[Report on the health of British troops in the Madras command]
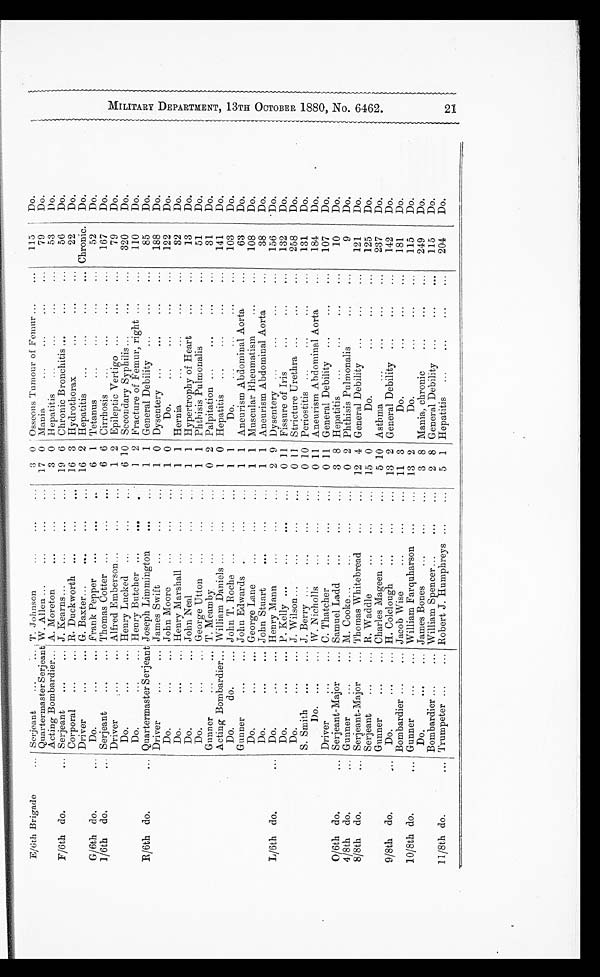
E/6th Brigade
... Serjeant
...
... T. Johnson
...
...
...
3 0 Osseous Tumour of Femur ...
...
115 Do.
Quartermaster Serjeant W. Allen ...
...
... ...
17 0 Mania
...
...
...
...
79
Do.
Acting Bombardier ... A. Moreton
... ...
...
3 0 Hepatitis
...
...
... ...
53
Do.
F/6th do.
... Serjeant
. . . . . .
J. kearns
...
...
19 6 Chronic Bronchitis ... ...
...
56
Do.
Corporal
...
... R. Duckworth ...
...
...
16 3 Hydrothorax
...
...
...
22
D o .
Driver
...
... G. Baxter...
...
...
...
16 2 Hepatitis
...
...
... Chronic.
Do.
G/6th do.
...
Do.
...
... Frank Pepper
...
...
...
6 1 Tetanus
...
...
...
...
52
Do.
I/6th do.
... Serjeant
...
... Thomas Cotter ...
...
...
6 6 Cirrhosis
...
...
...
...
167
Do.
Driver
... ... Alfred Emberson...
...
...
1 2 Epileptic Vertigo ...
...
...
79
Do.
Do.
...
... Henry Lucked ...
...
...
6 10 Secondary Syphilis ...
...
...
320
Do.
Do.
...
... Henry Butcher ...
...
...
1 2 Fracture of Femur, right
... ...
110
Do.
R/6th do.
... Quartermaster Serjeant Joseph Limmington
...
...
1 1 General Debility
...
...
...
85
Do.
Driver
...
... James Swift
...
...
...
1 0 Dysentery ...
...
...
...
188
Do.
Do.
...
... John Moore
... ...
...
1 0
Do.
...
...
...
...
122
Do.
Do.
... ... Henry Marshall ...
... ...
1 1 Hernia
...
...
...
32
Do.
Do.
...
... John Neal
...
...
...
1 1 Hypertrophy of Heart
...
13
Do.
Do.
. . . . . . Geor GeorgeUtton
...
...
...
1 1 Phthisis Pulmonalis
...
...
51
D o .
Gunner
...
... T. Meamby
...
...
...
0 2 Palpitation ...
... ...
...
31
Do.
Acting Bombardier ... William Daniels ...
... ...
1 0 Hepatitis
...
...
...
141
D o .
Do.
do.
... John T. Roche ...
...
...
1 1
Do.
...
...
...
...
103
Do.
Gunner
...
... John Edwards ...
...
...
1 1 Aneurism Abdominal Aorta
...
63
D o .
Do. ...
...
George Lane
...
...
...
1 1 Muscular Rheumatism
...
...
108
Do.
Do. ... ...
John Stuart
... ...
...
1 1 Aneurism Abdominal Aorta
...
38
Do.
L/6th do.
...
Do.
... ...
Henry Mann
...
...
...
2 9 Dysentery ...
...
... ...
156
Do.
Do.
... ... P. Kelly ...
...
...
0 11 Fissure of Iris
...
...
...
132
Do.
Do.
...
... J. Wilson...
...
...
...
0 11 Stricture Urethra ...
...
...
258
Do.
S. Smith
...
... J. Berry ...
...
...
...
0 10 Periostitis ...
...
... ...
131
Do.
Do. ...
... W. Nicholls
...
...
...
0 11 Aneurism Abdominal Aorta
...
184
Do.
Driver
. . . . . .
C. Thatcher
...
...
...
0 11 General Debility ...
...
...
107
D o .
O/6th do.
... Serjeant-Major
... Samuel Ladd
...
...
...
3 8 Hepatitis
...
...
...
...
10
Do.
4/8th do.
... Gunner
...
... M. Cooke...
...
...
...
0 2 Phthisis Pulmonalis
...
...
9
Do.
8/8th do.
... Serjeant-Major
... Thomas Whitebread
...
...
12 4 General Debility
...
...
...
121
Do.
Serjeant
... ... R. Waddle
...
...
...
15 0
Do.
...
. . . . . .
...
125
D o .
Gunner
...
... Charles Mageen ...
...
...
5 10 Asthma
...
...
...
...
237
Do.
9/8th do.
...
Do.
... ... H. Colclough
...
...
... 13 2 General Debility ...
...
...
142
Do.
Bombardier ...
... Jacob Wise
...
...
...
11 3
Do.
...
. . . . . .
...
181
Do.
10/8th do.
... Gunner
...
... William Farquharson ...
...
13 2
Do.
...
...
...
115
Do.
Do. ...
James Bones
...
...
...
3 8 Mania, chronic
...
...
...
249
Do.
Bombardier ...
... William Spencer...
...
...
2 8 General Debility ...
...
...
115
Do.
11/8th do.
... Trumpeter ...
... Robert J. Humphreys ...
...
5 1 Hepatitis
...
...
...
...
204
Do.